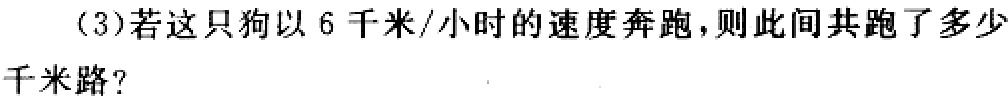
(3)若这只狗以6千米/小时的速度奔跑，则此间共跑了多少千米路？